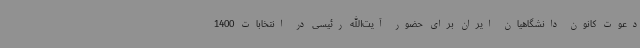
دعوت کانون دانشگاهیان ایران برای حضور آیت‌الله رئیسی در انتخابات 1400